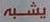
يشبر